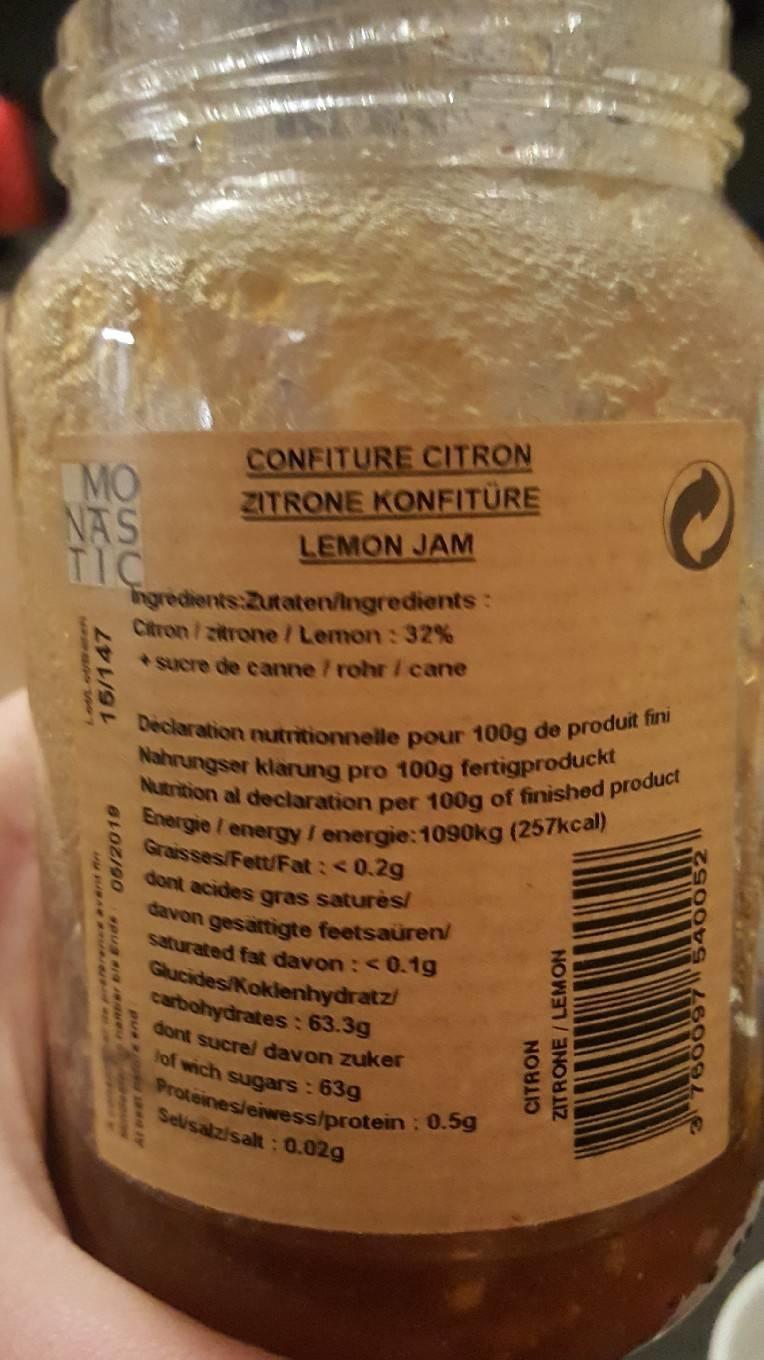
MO NAS TIC
15/147
06/2019
naner bis Enda
CONFITURE CITRON
ZITRONE KONFITURE
LEMON JAM
Ingredients:Zutaten/Ingredients: Citron/zitrone/Lemon: 32% *sucre de canne / rohr / cane
Declaration nutritionnelle pour 100g de produit fini Nahrungser klärung pro 100g fertigproduckt Nutrition al declaration per 100g of finished product Energie / energy / energie: 1090kg (257kcal)
Graisses/Fett/Fat: <0.2g dont acides gras saturès/ davon gesattigte feetsaüren/
saturated fat davon : <0.1g Glucides/Koklenhydratz/ carbohydrates: 63.3g dont sucre/ davon zuker lof wich sugars : 63g
Proteines/eiwess/protein: 0.5g
Selsalz/salt: 0.02g
CITRON
ZITRONE/LEMON
60097 5400